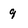
Character: 9